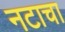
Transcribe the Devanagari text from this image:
नटाचा